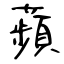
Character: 蘋